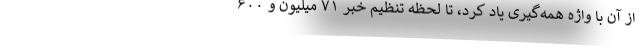
از آن با واژه همه‌گیری یاد کرد، تا لحظه تنظیم خبر ۷۱ میلیون و ۶۰۰